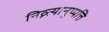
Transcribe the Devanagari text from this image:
निव्र्त्यानुप्पत्ति